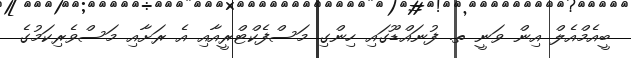
ބީއެމްއެލް އިން ވަނީ ތ. ފުނައްޑޫގައި ހިންގި މަސްފެކްޓްރީއާއި އެ ރަށާއި މަސްވެރިކަމުގެ